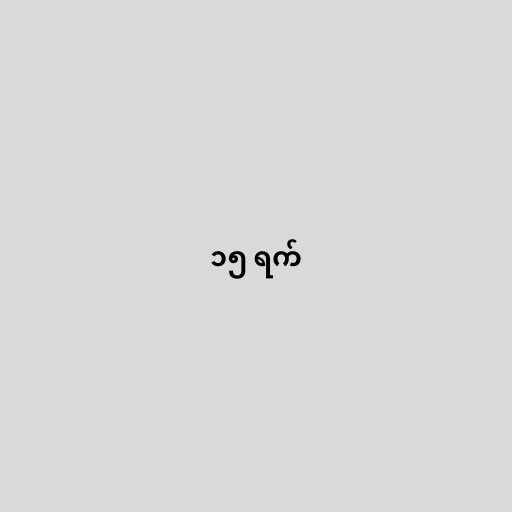
၁၅ ရက်